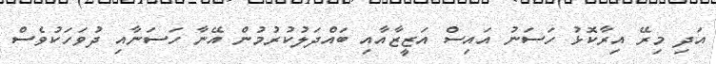
އަދި މިރޭ އިރާކޮޅު ހަސަނު އައިސް އަޒީޒާއާއި ބައްދަލުކުރުމުން އޭނާ ހަސަނާއި ދުވަހަކުވެސް